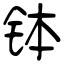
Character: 钵